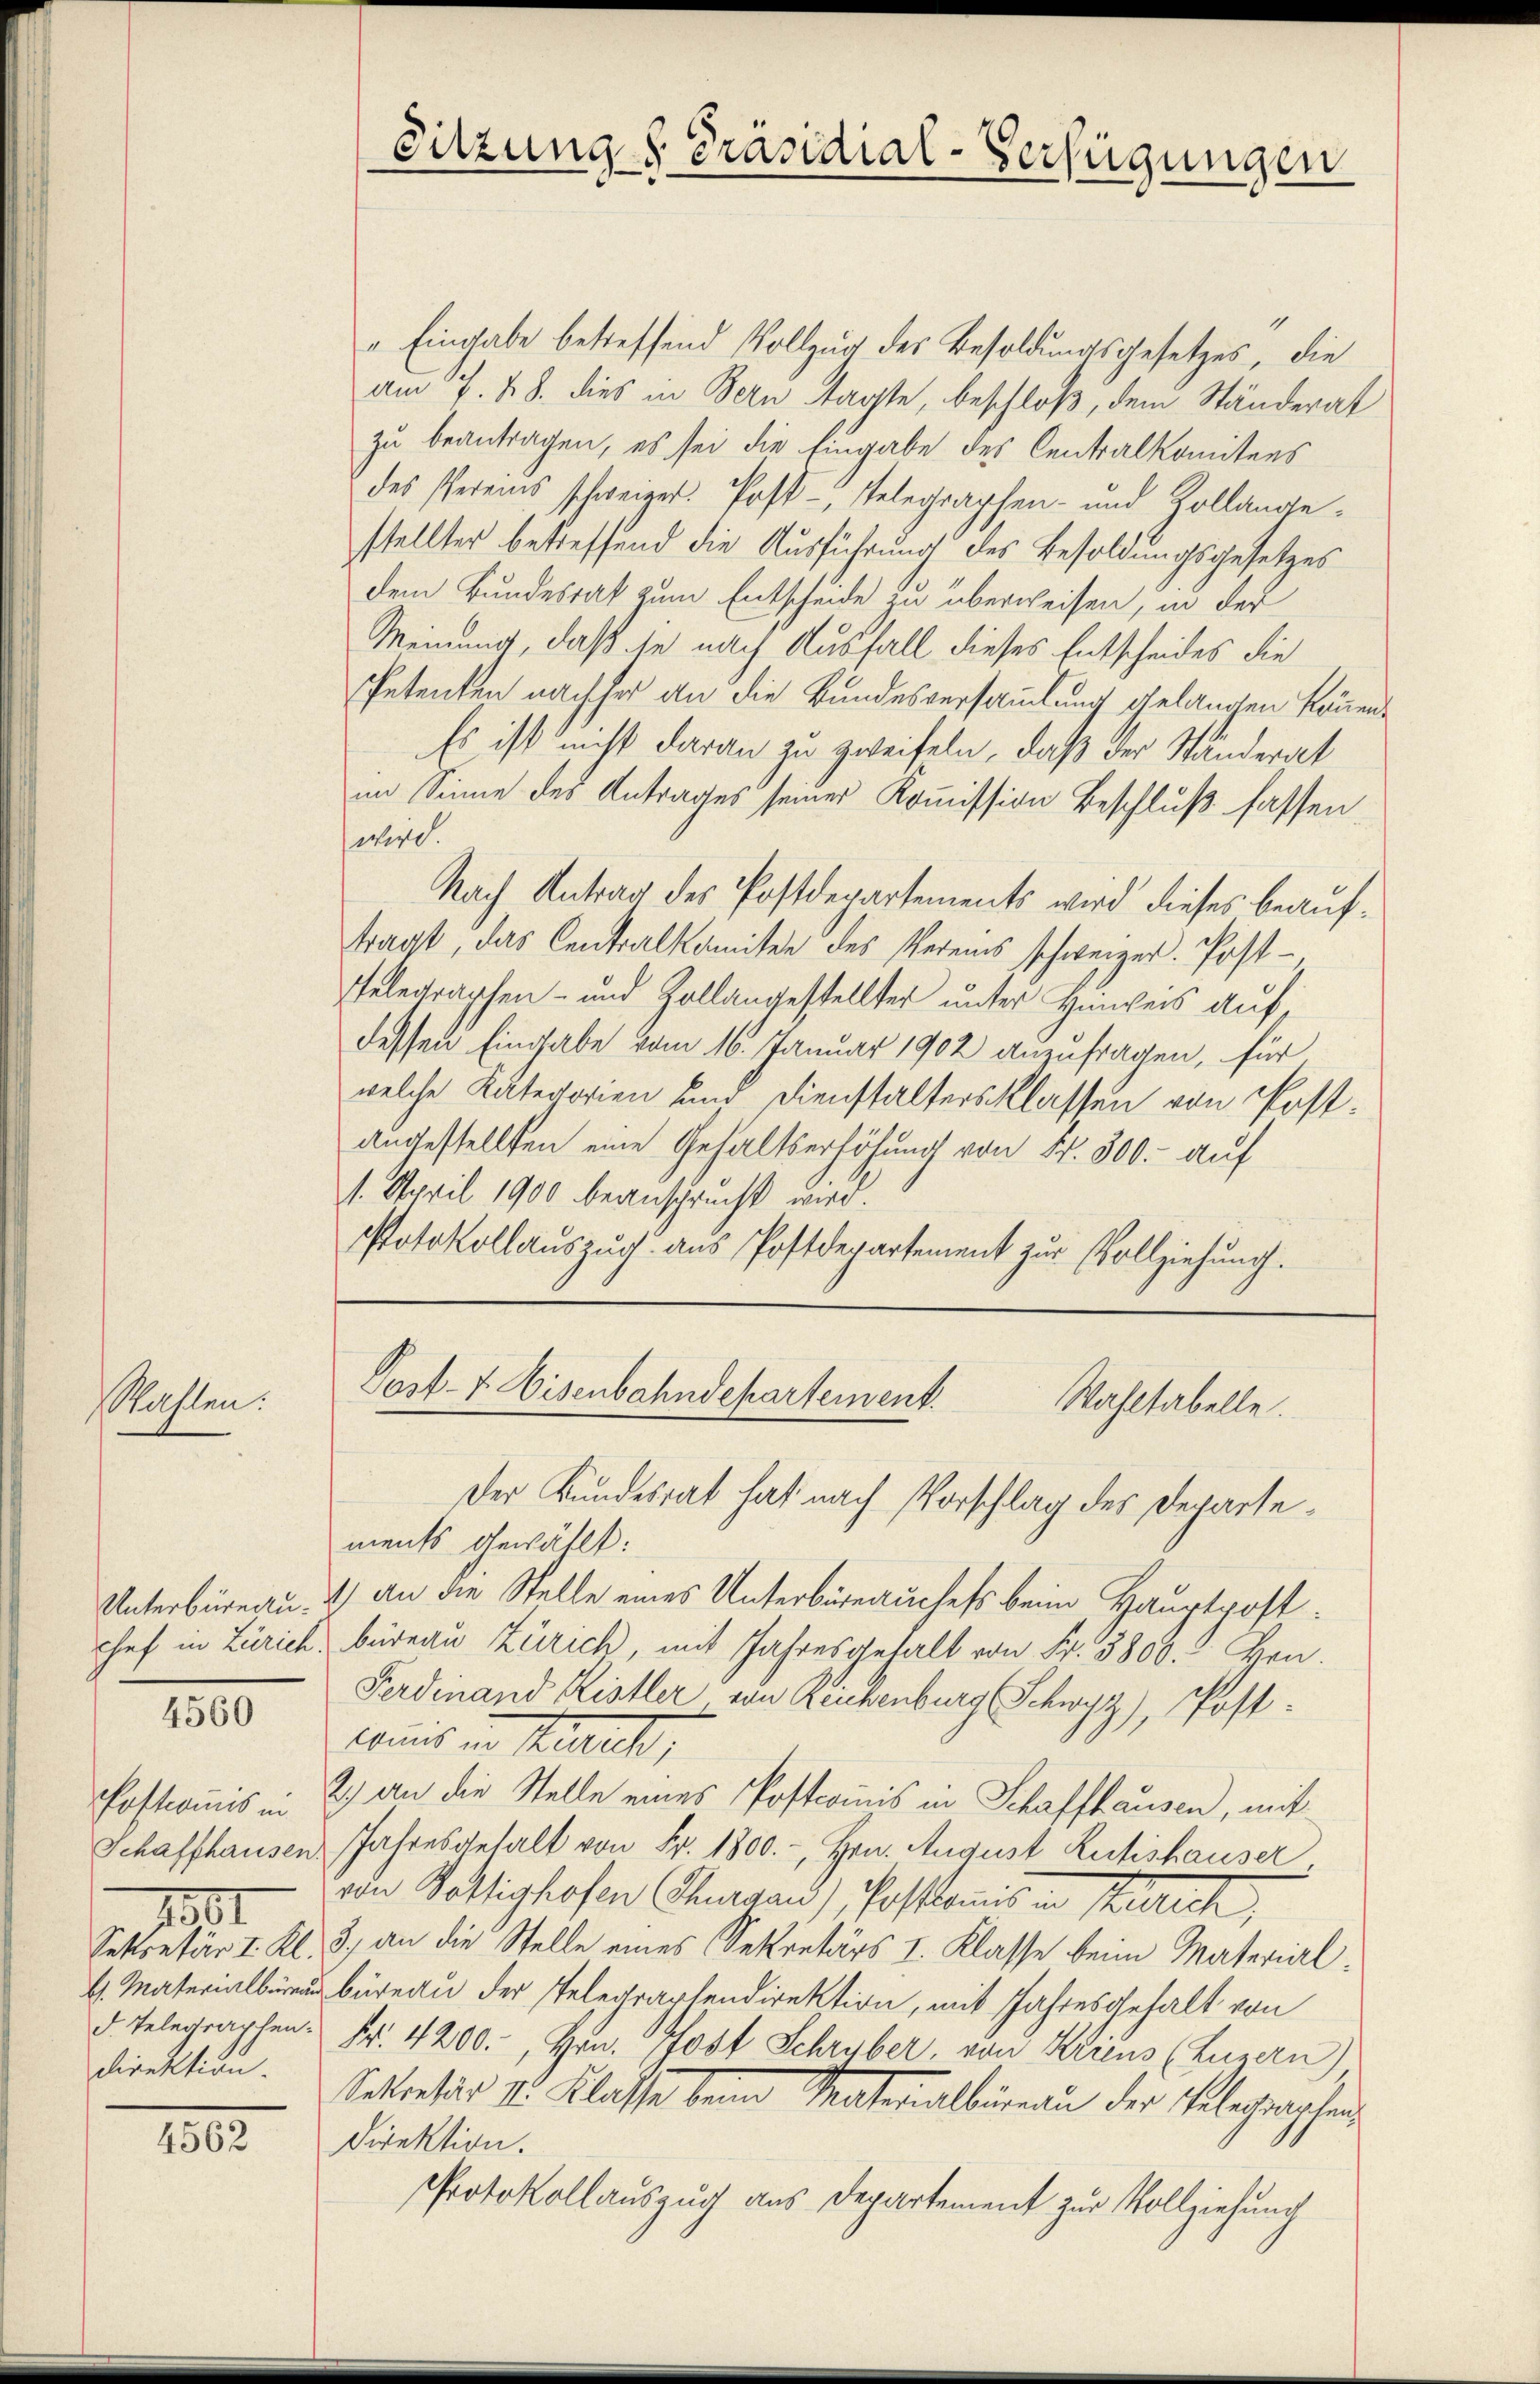
Maften.

4560

direktion.

1801

4562

Sitzungs Präsidial-Verfügungen

" Eingabe betreffend Vollzug des Besoldungsgesetzes, die
am 17. 48. dies in Bern sagte, beschloß, dem Ständerat
zu beantragen, es sei die Eingabe des Centralkomitees
des Vereins schweizer. Post-, Telegraphen- und Zollangestellter betreffend die Ausführung des Besoldungsgesetzes
dem Bundesrat zum Entscheide zu überweisen, in der
Meinung, daß die nach Ausfall dieses Entscheides die
Petenten nachher an die Bundesversammlung gelangen könn¬
Es ist nicht daran zu zweifeln, daß der Ständerat
im Sinne des Antrages seiner Kommission Beschluß fassen.
petire.
Nach Antrag des Postdepartements wird dieses beauftragt, das Centralkomiter des Vereins schweizer. Post-
Telegraphen- und Zollangestellter unter Hinweis auf
dessen Eingabe vom 16. Januar 1902 anzufragen, für
welche Kaltertorien und Dienstaltersklassen von Postangestellten eine Gehaltserhöhung von Nr. 300.- auf
1. April 1900 beansprucht wird.
Potokollauszug aus Postdepartement zur Vollziehung.

Post- & Eisenbahndepartement.
Wahltabelle.
Der Bundesrat hat nach Vorschlag des Departe¬

ments gewählt:
Unterbüreau. 4) an die Stelle eines Unterbüreauchels beim Hauptpostchef in Zürich, büreau Zürich, mit Jahresgehalt von Fr. 3800.- Ben¬
Ferdinand Ristler von Reugenburg Schwyz), Postlannes in Steuert,
Postcomis. 2) an die Stelle eines Postcomis in Schaffhausen, mit
Schaffhausen Jahresgehalt von Fr. 1800.-, Hrn. August Rutishauser,
von Voltighofen Thurgau), Postkanis in Strich,
Sekretär I. Kl. 3, an die Stelle eines Sekretärs I. Klasse beim Material¬
. Materialbüreau der Telegartendirektion, mit Jahresgehalt von
d. Telegraphen Fr. 4200.-, Hrn. Post Schryber, von Kricus (Luzern)
Sekretär II. Klasse beim Materallisau der Telegenschen
Direktion.
Protokollauszug aus Departement zur Vollziehung